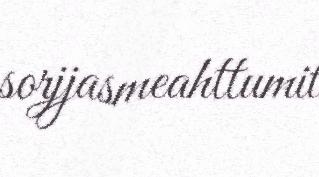
sorjjasmeahttumit